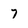
Character: 7